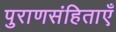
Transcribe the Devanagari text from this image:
पुराणसंहिताएँ